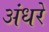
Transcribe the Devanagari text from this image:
अंधरे